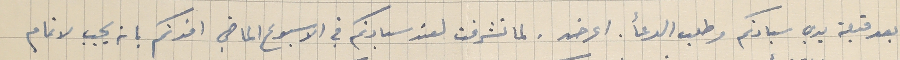
بعد قبلة يدي سيادتكم وطلب الدعأ. اعرض، لما تشرفت لعند سيادتكم في الاسبوع الماضي افدتكم بانه يجب لاتمام